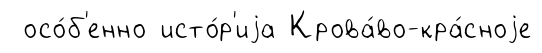
осо́б'енно исто́р'иjа Крова́во-кра́сноjе